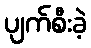
ပျက်စီးခဲ့